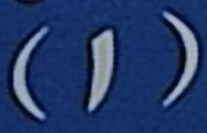
(1)